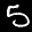
Label: 5